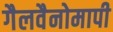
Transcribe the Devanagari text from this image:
गैलवैनोमापी